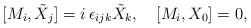
LaTeX: \begin{align*}[M_i, \tilde{X}_j] = i\, \epsilon_{ijk} \tilde{X}_k , \quad [M_i, X_0]= 0,\end{align*}